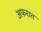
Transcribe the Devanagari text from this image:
अफरात